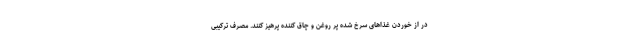
در از خوردن غذاهای سرخ شده پر روغن و چاق کننده پرهیز کنند. مصرف ترکیبی